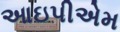
આઇપીએમ